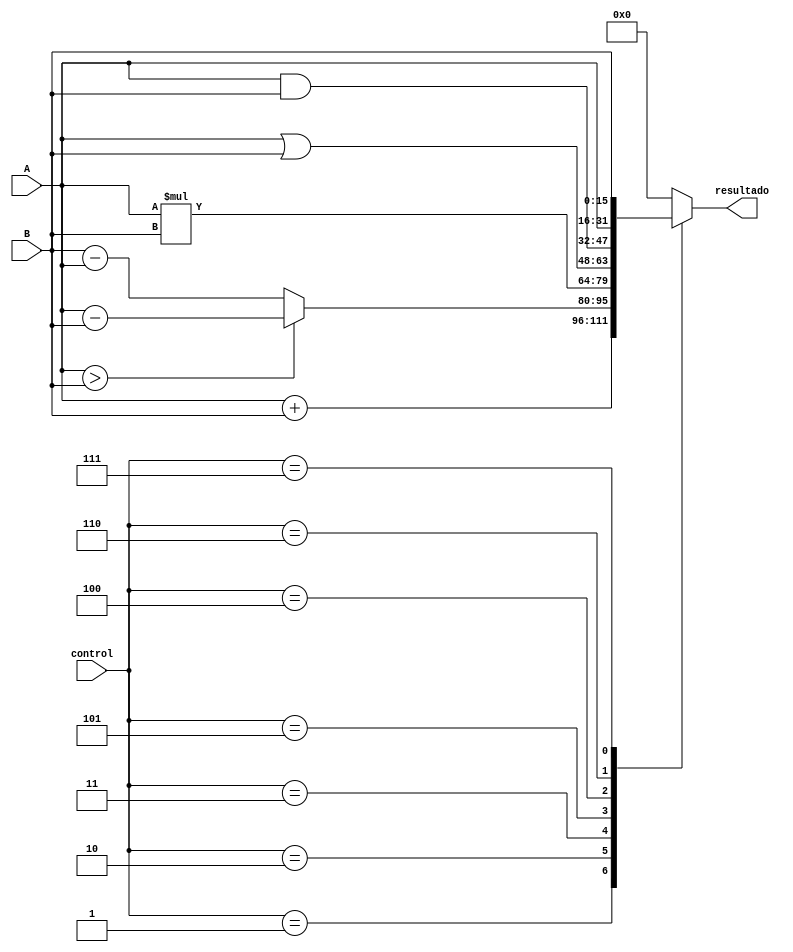
`timescale 1ns / 1ps
//////////////////////////////////////////////////////////////////////////////////
// Company: 
// Engineer: 
// 
// Design Name: 
// Module Name: alu
// Project Name: 
// Target Devices: 
// Tool Versions: 
// Description: 
// 
// Dependencies: 
// 
// Revision:
// Revision 0.01 - File Created
// Additional Comments:
// 
//////////////////////////////////////////////////////////////////////////////////

module modulo_alu1(
        input [15:0]A,
        input [15:0]B,
        input [2:0] control,
        output reg [15:0]resultado
        );
        always@(*)
        begin
            case(control)
                3'b001: resultado = A + B;
                3'b010: resultado = (A>B)?(A-B):(B-A);
                3'b011: resultado = A*B;
                3'b101: resultado = A|B;
                3'b100: resultado = A&B;
                3'b110: resultado = A;
                3'b111: resultado = B;
                
                default: resultado = 16'b0;               
            endcase
        end

endmodule